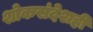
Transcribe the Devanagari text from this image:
शोकसंदेशही